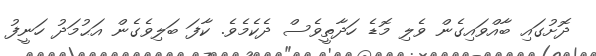
ދޮށުގައި ބާއްވައިގެން ވެލި މޮޑެ ހަދާތީވެސް ދެކެމެވެ. ކާފަ ބަލިވެގެން އަޙުމަދު ހަނީފު